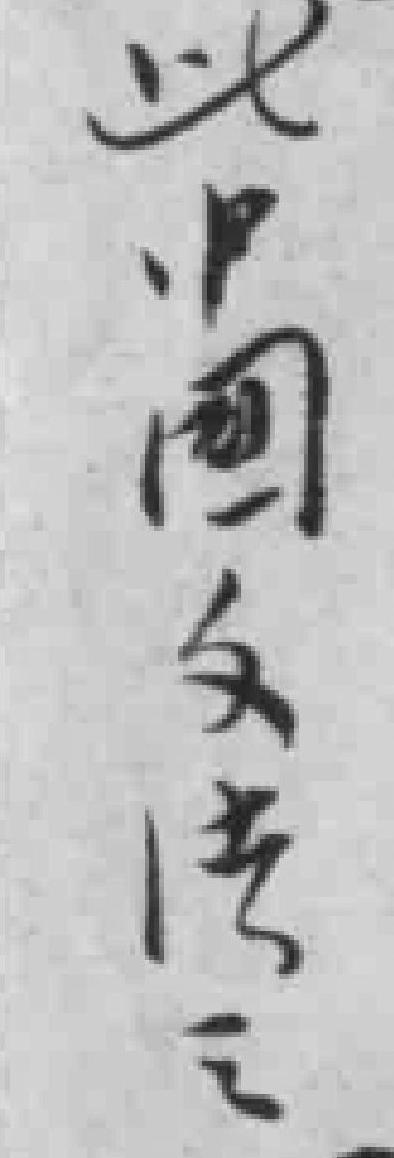
此中國文法之